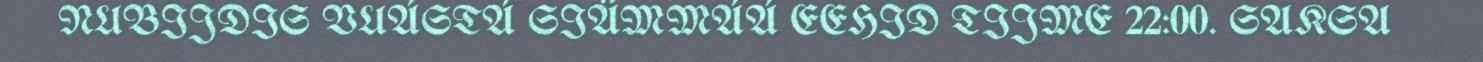
NUBIJDIS VUÁSTÁ SIÄMMÁÁ EEHID TIJME 22:00. SAKSA